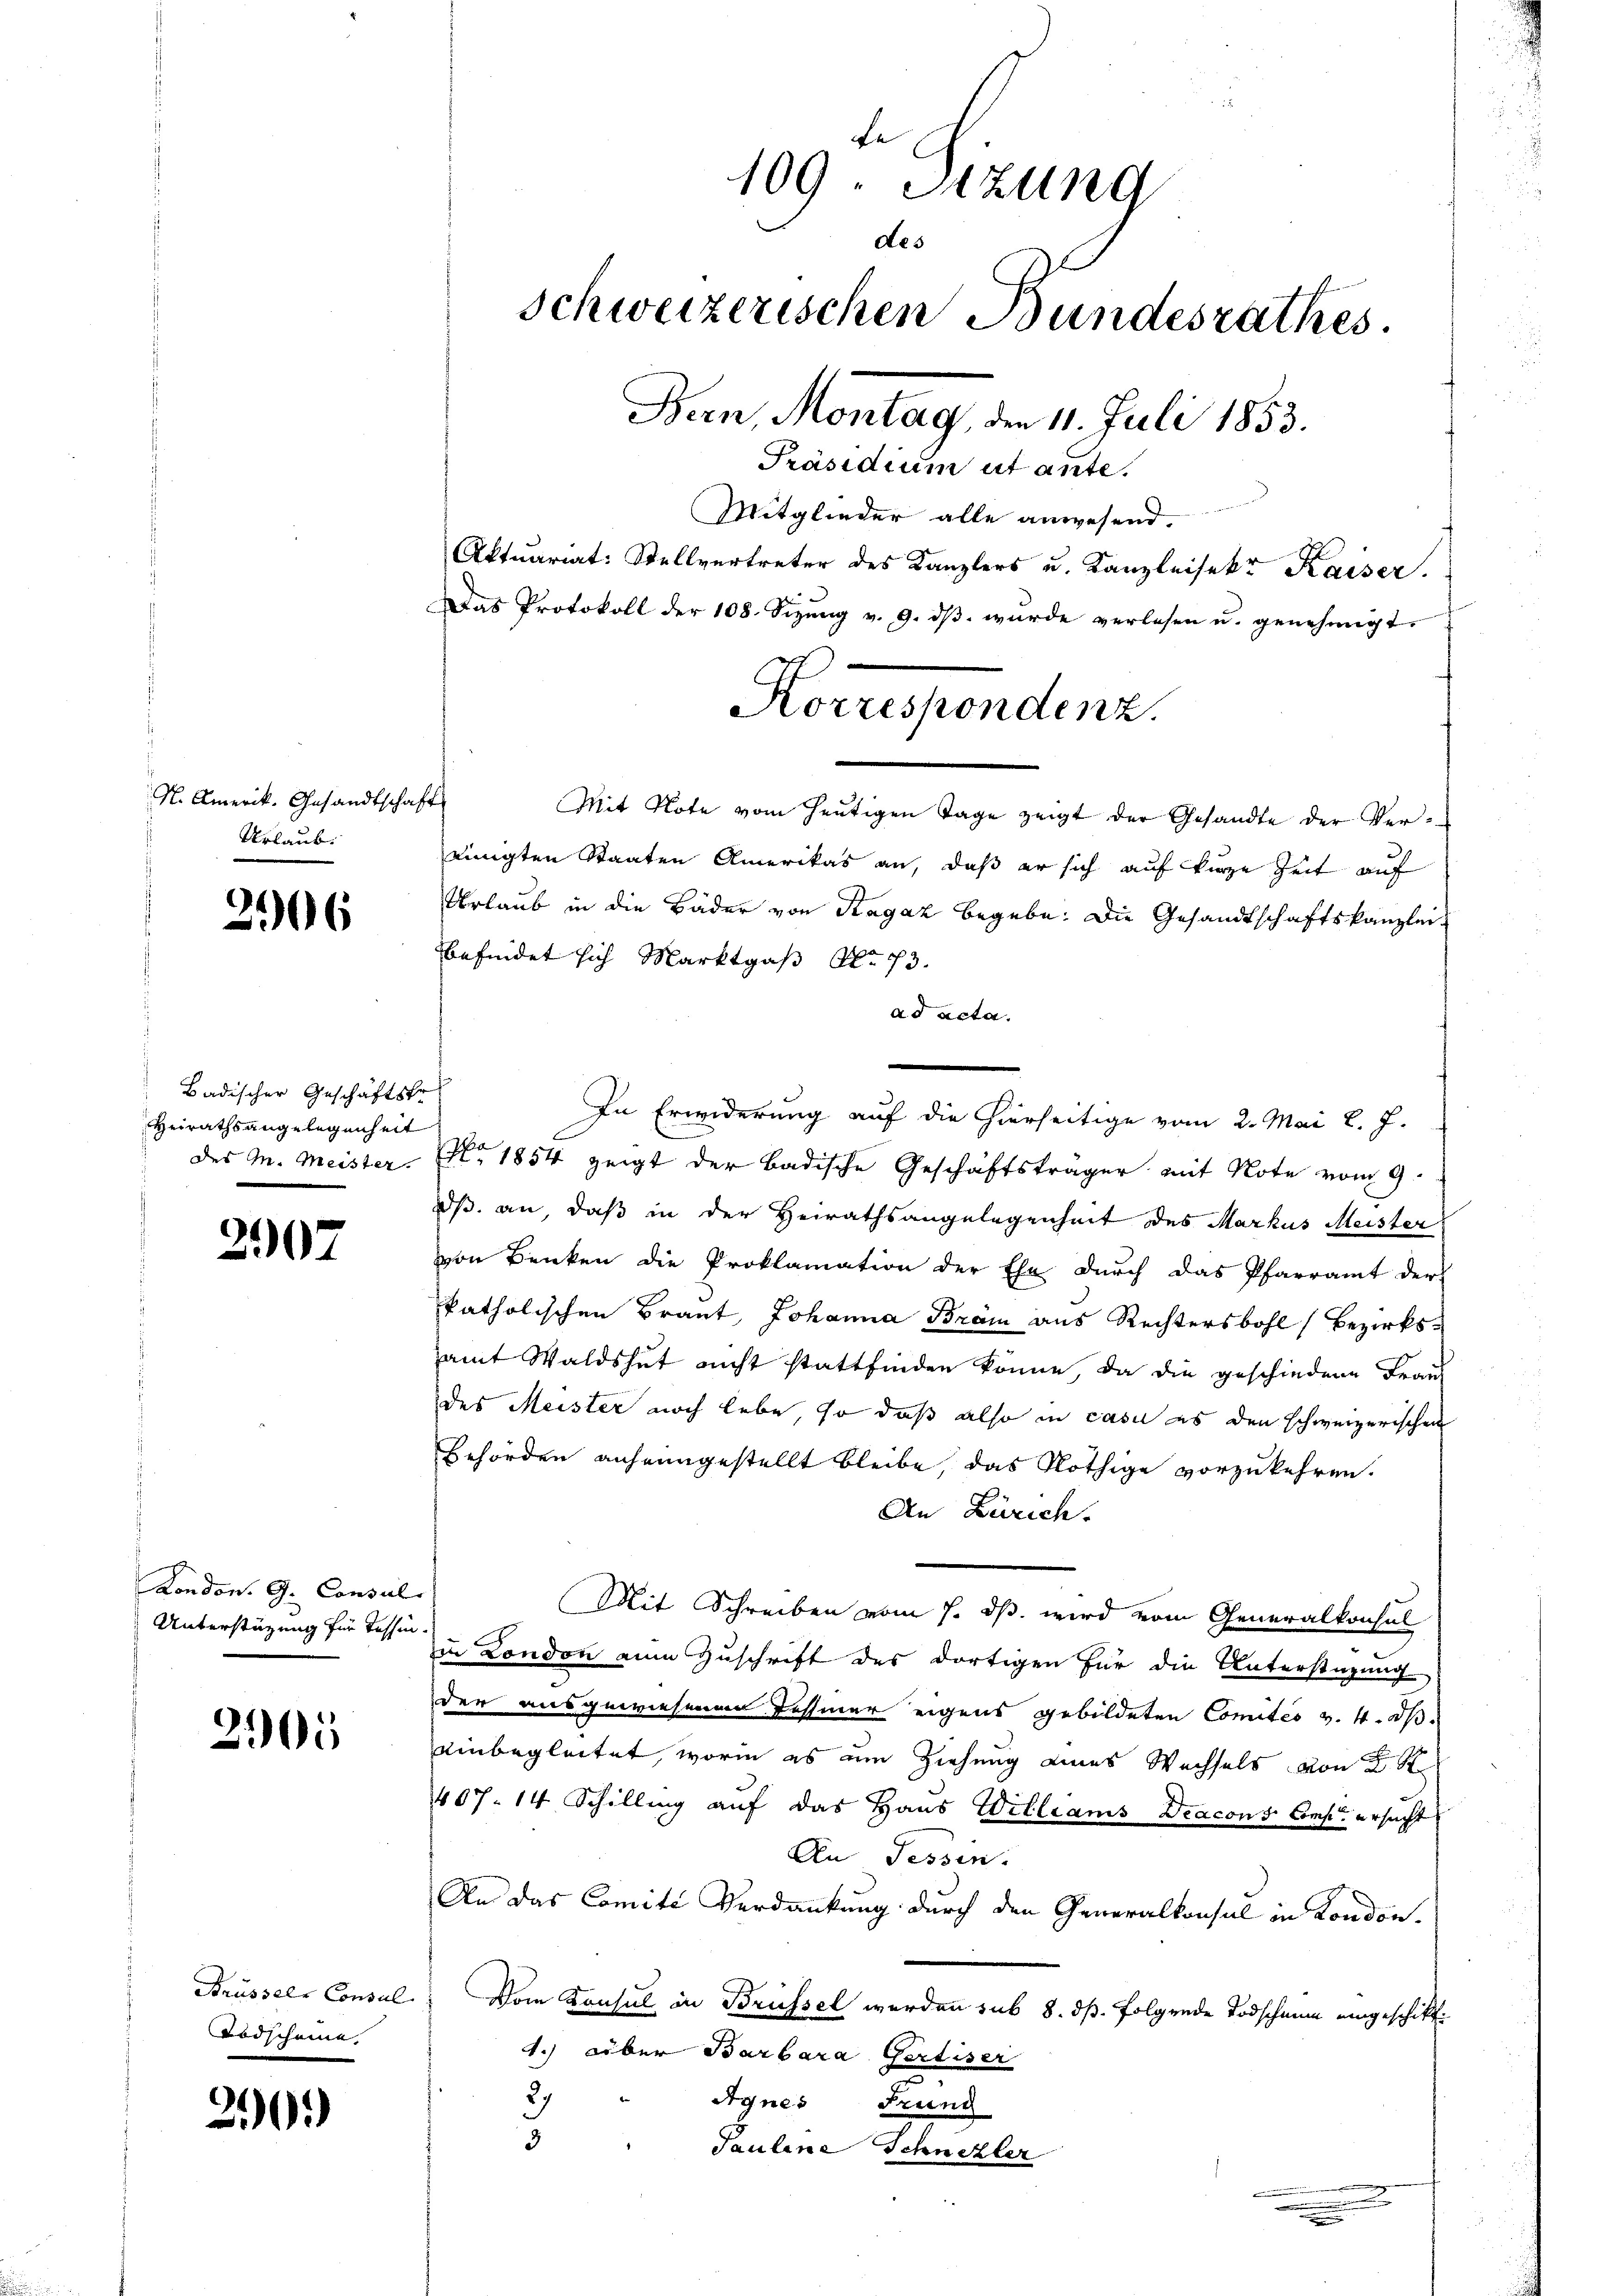
N. Amerik. Gesandtschaft
Urlaub.

3906

Badischer Geschäftste
Heirathsangelegenheit
des Mn. Meister.

2907

London. G. Consul
Unterstützung für Tessin.

2105

Brüssels Consul
Todscheine

201)

Mit Note vom heutigen Tage zeigt der Gesandte der Vereinigten Staaten Amerikas an, daß er sich auf kurze Zeit auf
Urlaub in die Bäder von Ragaz begebe. Die Gesandtschaftskanzlei-
befindet sich Marktgas No 73.
ad acta.
In Erwiderung auf die hierseitige vom 2. Mai l. J.
 1854 zeigt der badische Geschäftsträger mit Note vom 9.
dß an, daß in der Heirathsangelegenheit des Markus Meister
von Benken die Proklamation der Ehe durch das Pfarramt der
katholischen Braut, Johanna Bräm aus Rechtersbohl (Bezirksamt Waldshut nicht stattfinden könne, da die geschiedene Frau
des Meister noch lebe, so daß also in casu es den schweizerischen
Behörden anheimgestellt bleibe, das Nöthige vorzukehren.
An Zürich.
Mit Schreiben vom 7. ds. wird vom Generalkonsul
in London zum Zuschrift des dortigen für die Unterstüzung
der ausgewiesenen Tessiner eigens gebildeten Comités v. 4. ds.
einbegleitet, worin es am Ziehung eines Wechsels von 2 S.
407. 14 Schilling auf das Haus Willians Diacons Comp. ersucht
An Tessin.
An das Comite Verdankung durch den Generalkonsul in London.
Vom Konsul in Brüssel werden sub 8. ds. folgende Todschaum eingeschikt.
4.) Über Barbara Gertiser
2)
Agnes Grund
3
Pauline Schneller
.

109. Sitzung
des
schweizerischen Bundesrathes.
Bern Montag, den 11. Juli 1853.
Präsidium ut ante,
Mitglieder alle anwesend.
Aktuariat: Stellvertreter des Kanzlers u. Kanzleisekr. Kaiser.
Das Protokoll der 108. Sizŭng v. 9. dβ. wurde verlesen u. genehmigt.

Korrespendenz

e